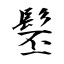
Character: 髬